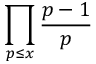
\prod _ { p \leq x } { \frac { p - 1 } { p } }